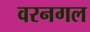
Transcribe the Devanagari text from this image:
वरनगल